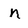
Character: n